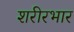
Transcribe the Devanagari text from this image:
शरीरभार